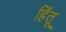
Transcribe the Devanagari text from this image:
हिंतू